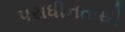
પરાધીનતાથી